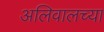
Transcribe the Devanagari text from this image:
अलिवालच्या